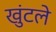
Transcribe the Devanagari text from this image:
खुंटले